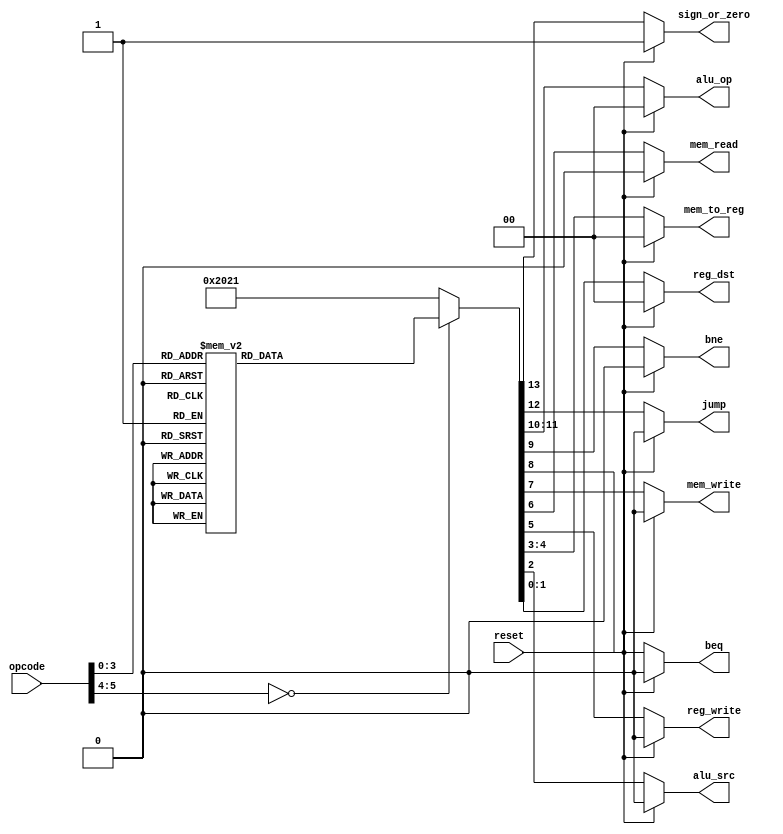
module Control_Unit(
      input[5:0] opcode,
      input reset,
      output reg[1:0] alu_op,reg_dst,mem_to_reg,
      output reg jump,beq,bne,mem_read,mem_write,alu_src,reg_write,sign_or_zero    
    );

  always @(*) begin
    if (reset == 1'b1) begin
        reg_dst = 2'b00;
        alu_src = 1'b0;
        mem_to_reg = 2'b00;
        reg_write = 1'b0;
        mem_read = 1'b0;
        mem_write = 1'b0;
        beq = 1'b0;
        bne = 1'b0;
        alu_op = 2'b00;
        jump = 1'b0;
        sign_or_zero = 1'b1;
      end
    else begin

    case(opcode)
      6'b000000:  // LW
        begin
          reg_dst = 2'b00;
          alu_src = 1'b1;
          mem_to_reg = 2'b01;
          reg_write = 1'b1;
          mem_read = 1'b1;
          mem_write = 1'b0;
          beq = 1'b0;
          bne = 1'b0;
          alu_op = 2'b10;
          jump = 1'b0;
          sign_or_zero = 1'b1;   
        end

      6'b000001:  // SW
        begin
          reg_dst = 2'bxx;
          alu_src = 1'b1;
          mem_to_reg = 2'bxx;
          reg_write = 1'b0;
          mem_read = 1'b0;
          mem_write = 1'b1;
          beq = 1'b0;
          bne = 1'b0;
          alu_op = 2'b10;
          jump = 1'b0;
          sign_or_zero = 1'b1;   
        end

       6'b000010:  // R-type
        begin
          reg_dst = 2'b01;
          alu_src = 1'b0;
          mem_to_reg = 2'b00;
          reg_write = 1'b1;
          mem_read = 1'b0;
          mem_write = 1'b0;
          beq = 1'b0;
          bne = 1'b0;
          alu_op = 2'b00;
          jump = 1'b0;
          sign_or_zero = 1'b1;   
        end
      
      6'b000011:  // BEQ
        begin
          reg_dst = 2'bxx;
          alu_src = 1'b0;
          mem_to_reg = 2'bxx;
          reg_write = 1'b0;
          mem_read = 1'b0;
          mem_write = 1'b0;
          beq = 1'b1;
          bne = 1'b0;
          alu_op = 2'b01;
          jump = 1'b0;
          sign_or_zero = 1'b1;   
        end

      6'b000100:  // BNE
        begin
          reg_dst = 2'bxx;
          alu_src = 1'b0;
          mem_to_reg = 2'bxx;
          reg_write = 1'b0;
          mem_read = 1'b0;
          mem_write = 1'b0;
          beq = 1'b0;
          bne = 1'b1;
          alu_op = 2'b01;
          jump = 1'b0;
          sign_or_zero = 1'b1;   
        end

      6'b000101:  // ADDI
        begin
          reg_dst = 2'b00;
          alu_src = 1'b1;
          mem_to_reg = 2'b00;
          reg_write = 1'b1;
          mem_read = 1'b0;
          mem_write = 1'b0;
          beq = 1'b0;
          bne = 1'b0;
          alu_op = 2'b10;
          jump = 1'b0; 
          sign_or_zero = 1'b1;  
        end

       6'b000110:  // J
        begin
          reg_dst = 2'bxx;
          alu_src = 1'b0;
          mem_to_reg = 2'bxx;
          reg_write = 1'b0;
          mem_read = 1'b0;
          mem_write = 1'b0;
          beq = 1'b0;
          bne = 1'b0;
          alu_op = 2'b00;
          jump = 1'b1;
          sign_or_zero = 1'b1; 
        end

      6'b000111:  // JAL
        begin
          reg_dst = 2'b10;
          alu_src = 1'b0;
          mem_to_reg = 2'b10;
          reg_write = 1'b1;
          mem_read = 1'b0;
          mem_write = 1'b0;
          beq = 1'b0;
          bne = 1'b0;
          alu_op = 2'b00;
          jump = 1'b1;
          sign_or_zero = 1'b1;   
        end
      
      6'b001000:  // SLTI
        begin
          reg_dst = 2'b00;
          alu_src = 1'b1;
          mem_to_reg = 2'b00;
          reg_write = 1'b1;
          mem_read = 1'b0;
          mem_write = 1'b0;
          beq = 1'b0;
          bne = 1'b0;
          alu_op = 2'b11;
          jump = 1'b0;
          sign_or_zero = 1'b0;  
        end

      default: begin
        reg_dst = 2'b01;
        alu_src = 1'b0;
        mem_to_reg = 2'b00;
        reg_write = 1'b1;
        mem_read = 1'b0;
        mem_write = 1'b0;
        beq = 1'b0;
        bne = 1'b0;
        alu_op = 2'b00;
        jump = 1'b0;
        sign_or_zero = 1'b1; 
      end
    endcase
  end
  end
endmodule